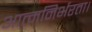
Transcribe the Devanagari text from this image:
आत्मनिर्भरता।